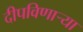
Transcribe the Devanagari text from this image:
दीपविणार्‍या